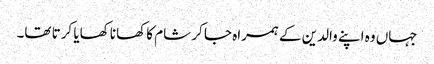
جہاں وہ اپنے والدین کے ہمراہ جا کر شام کا کھانا کھایا کرتا تھا۔